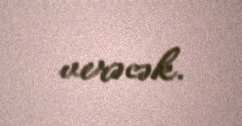
verəcək.